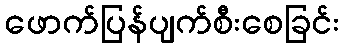
ဖောက်ပြန်ပျက်စီးစေခြင်း